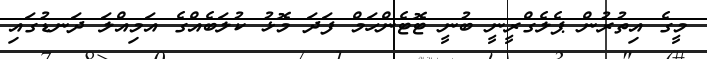
މީގެ އިތުރުން ޕެލެގްރީނީ ބުނީ ޓޮޓެންހަމް ފަދަ މޮޅު ކުލަބެއްގެ އަމިއްލަ ދަނޑުގައި